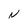
Character: N